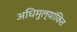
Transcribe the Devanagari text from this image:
अधिमुल्यांकित